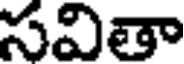
సవితా